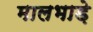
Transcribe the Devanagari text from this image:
मालभाड़े